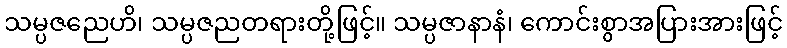
သမ္ပဇညေဟိ၊ သမ္ပဇညတရားတို့ဖြင့်။ သမ္ပဇာနာနံ၊ ကောင်းစွာအပြားအားဖြင့်